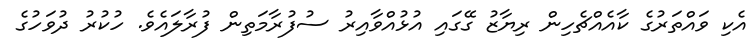
އެކި ވައްތަރުގެ ކާއެއްޗެހިން ރިޔާޒު ގޭގައި އުޅުއްވާއިރު ސުފުރާމަތިން ފުރާލައެވެ. ހުކުރު ދުވަހުގެ